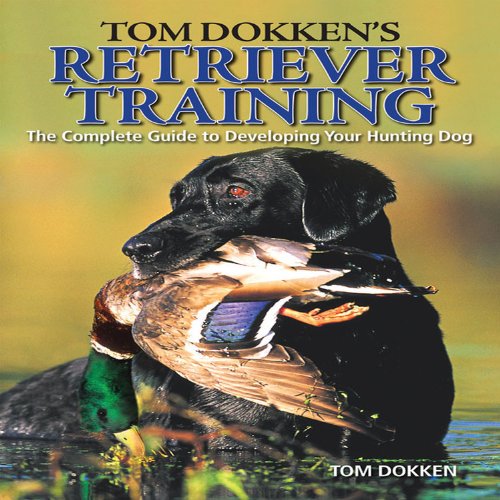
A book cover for Tom Dokken's Retriever Training; Tom Dokken; Sports & Outdoors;